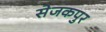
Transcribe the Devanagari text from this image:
सेजकपुर